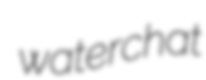
waterchat